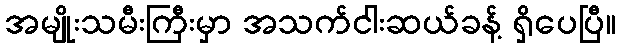
အမျိုးသမီးကြီးမှာ အသက်ငါးဆယ်ခန့် ရှိပေပြီ။